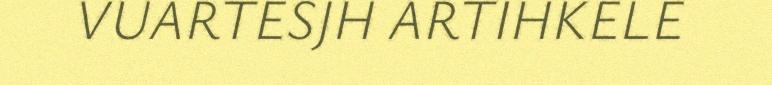
VUARTESJH ARTIHKELE